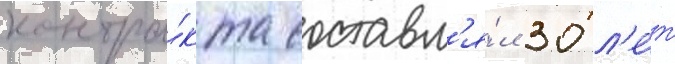
контра́кта составл'я́л 30 л'е́т